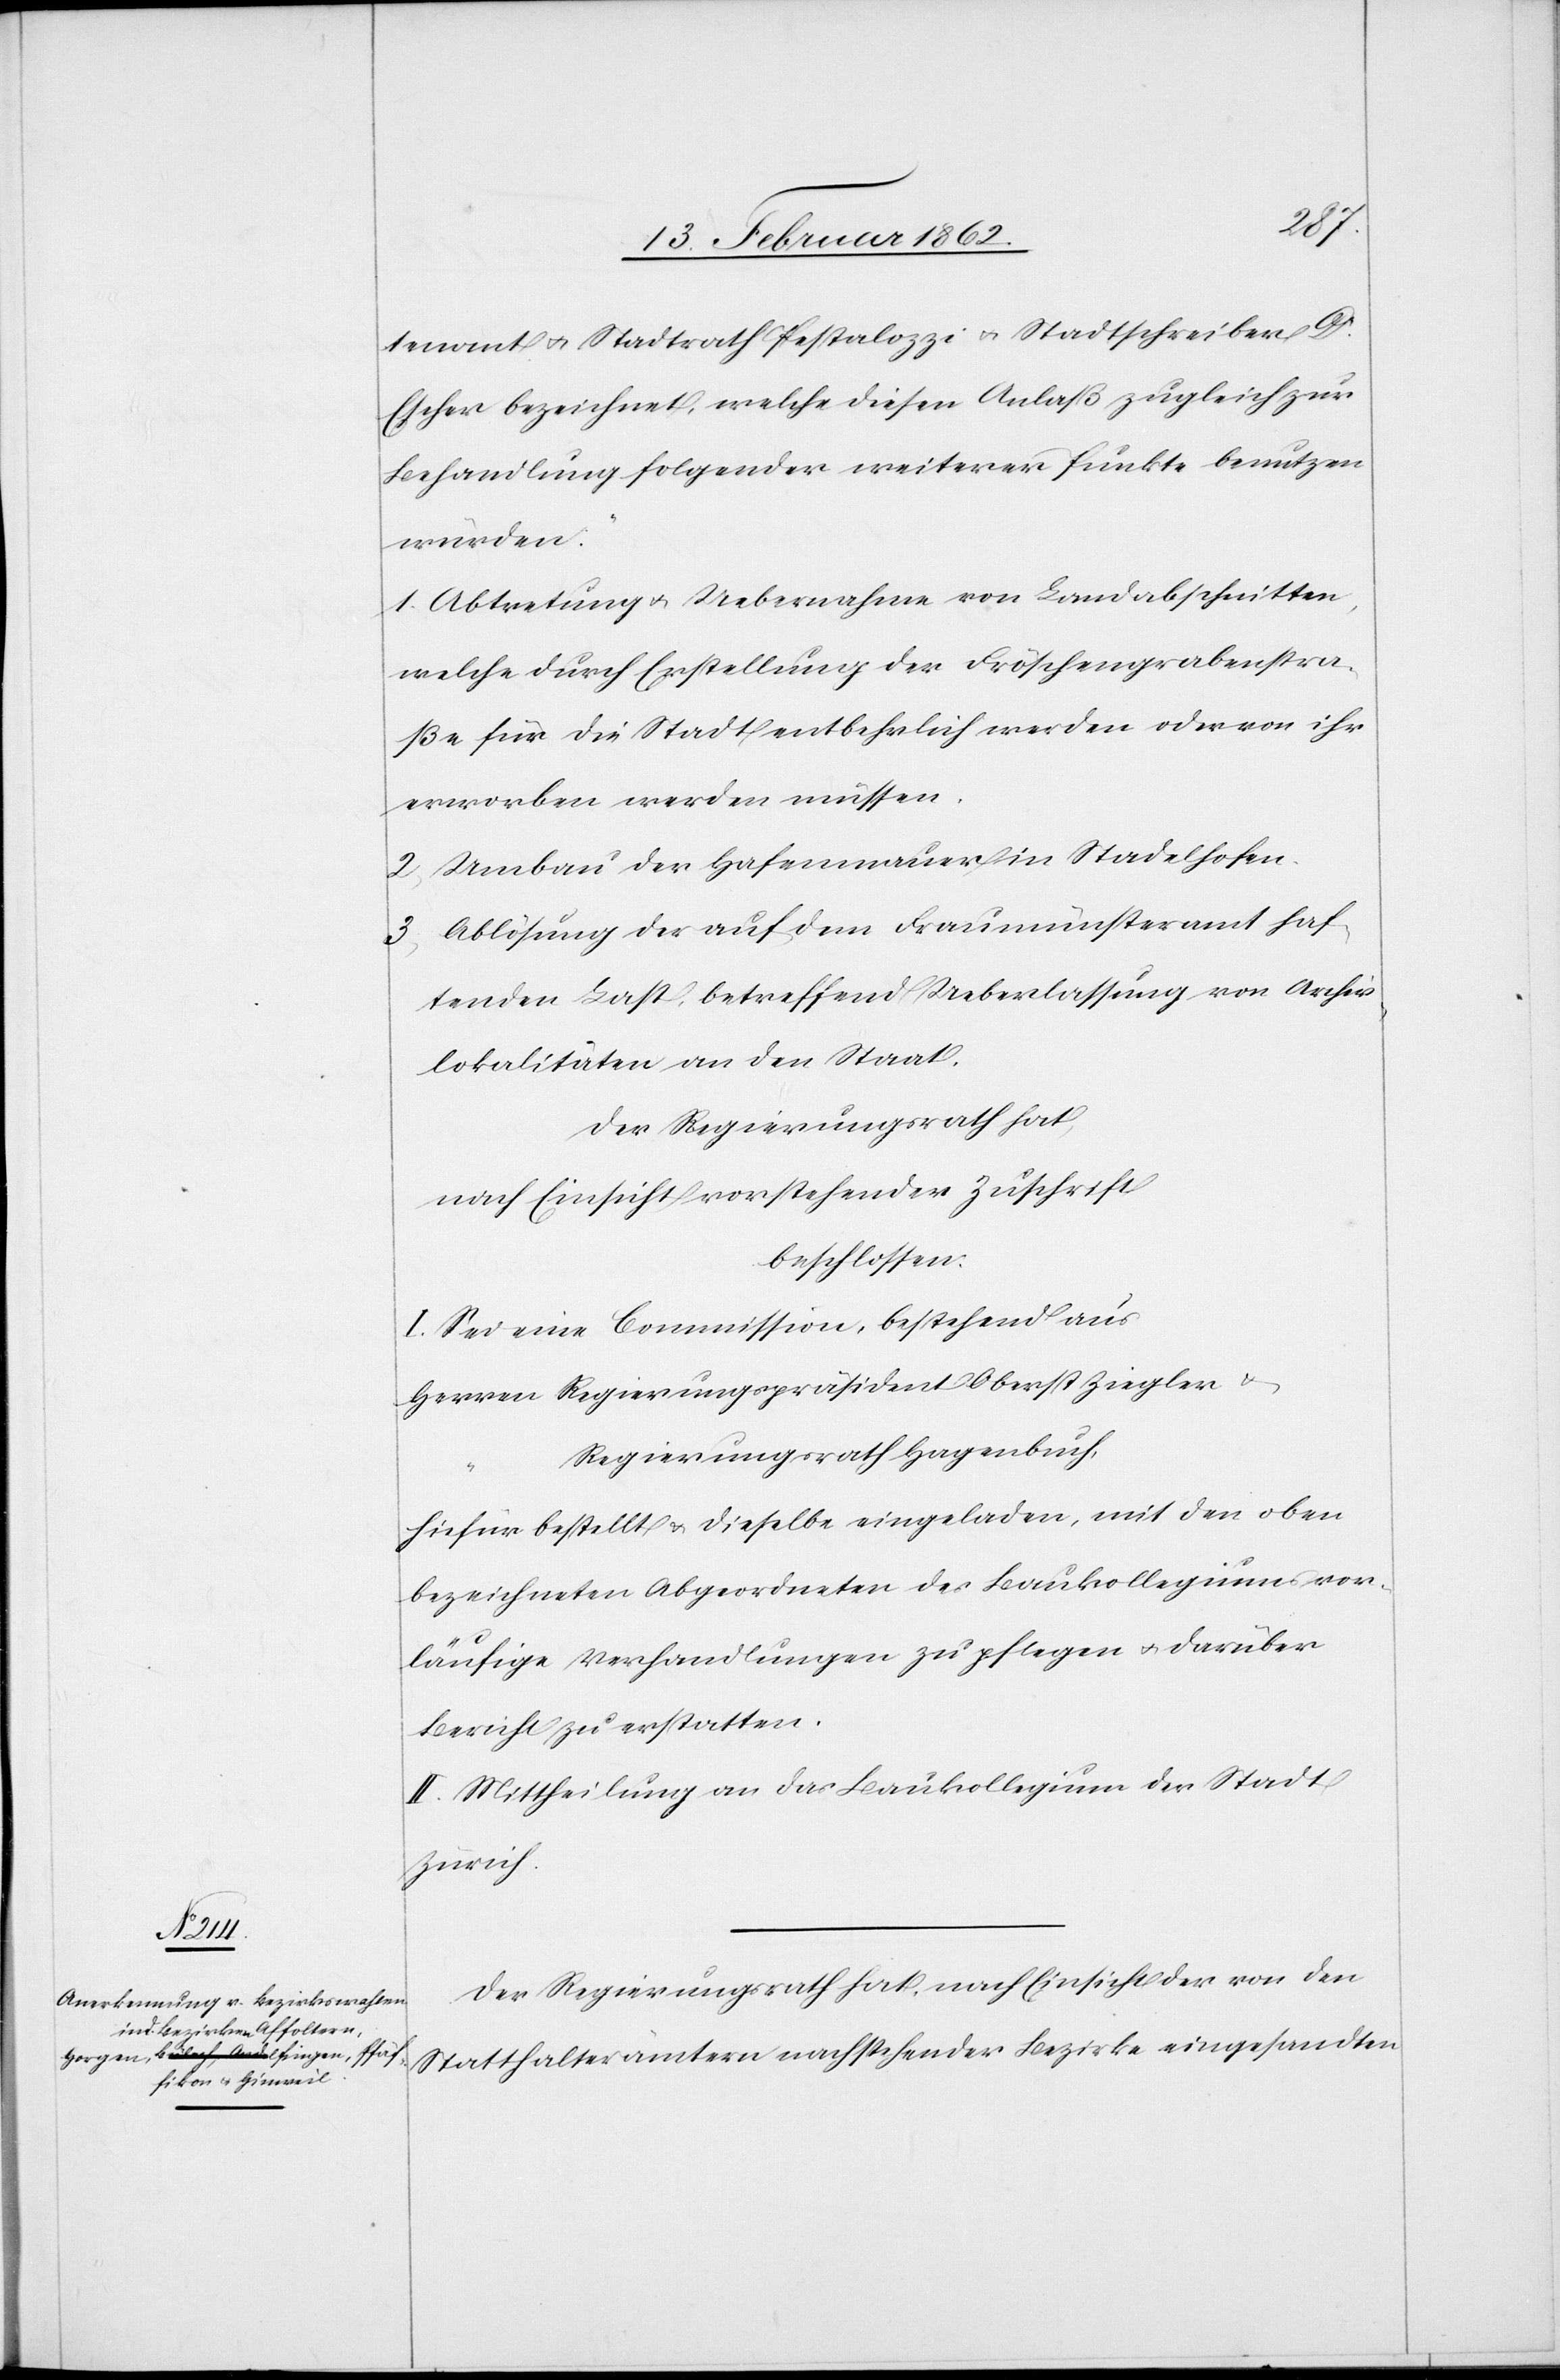
tenant Stadtrath Pestalozzi u. Stadtschreiber Dr.
Escher bezeichnet, welche diesen Anlaß zugleich zur
Behandlung folgender weiterer Punkte benutzen
würden:
1) Abtretung u. Uebernahme von Landabschnitten,
welche durch Erstellung der Fröschengrabenstra¬
ße für die Stadt entbehrlich werden oder von ihr
erworben werden müsse.
2) Umbau der Hafenmauer in Stadelhofen.
3) Ablösung der auf dem Fraumünsteramt haf¬
tenden Last, betreffend Ueberlassung von Archiv¬
lokalitäten an den Staat.
Der Regierungsrath hat,
nach Einsicht vorstehender Zuschrift
beschlossen:
I. Sei eine Commission, bestehend aus
Herren Regierungspräsident Oberst Ziegler
Regierungsrath Hagenbuch,
hiefür bestellt & dieselbe eingeladen, mit den oben
bezeichneten Abgeordneten des Baukollegiums vor¬
läufige Verhandlungen zu pflegen u. darüber
Bericht zu erstatten.
II. Mittheilung an das Baukollgium der Stadt
Zürich.
Der Regierungsrath hat nach Einsicht der von den
Statthalterämtern nachstehender Bezirke eingesandten